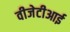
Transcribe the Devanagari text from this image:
वीजेटीआई